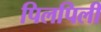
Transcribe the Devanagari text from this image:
पिलपिली